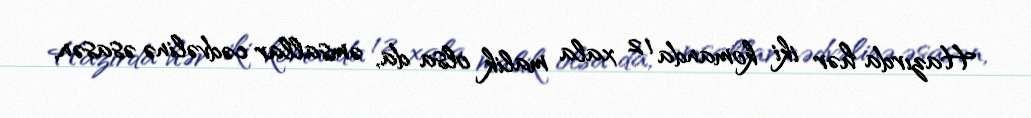
Hazırda hər iki komanda 12 xala malik olsa da, əmsallar cədvəlinə əsasən,